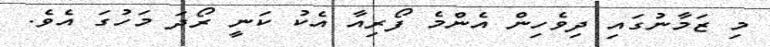
މި ޒަމާނުގައި ދިވެހިން އެންމެ ފޯރިއާ އެކު ކަނީ ރޯދަ މަހުގަ އެވެ.